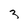
Character: 3